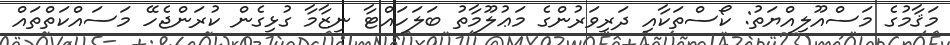
މަޤާމުގެ މަސްއޫލިއްޔަތު: ކޯސްތަކާއި ދަރިވަރުންގެ މަޢުލޫމާތު ބަލަހައްޓާ ނިޒާމާ ގުޅިގެން ކުރަންޖެހޭ މަސައްކަތްތައް